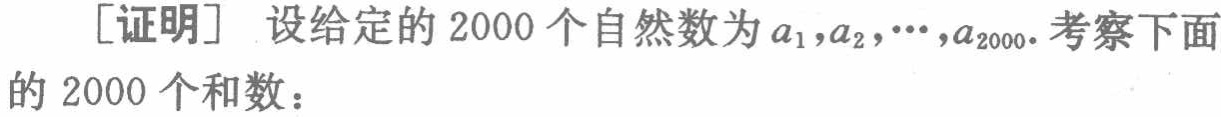
[证明] 设给定的 2000 个自然数为 \(a_{1},a_{2},\cdots,a_{2000}\). 考察下面的 2000 个和数：